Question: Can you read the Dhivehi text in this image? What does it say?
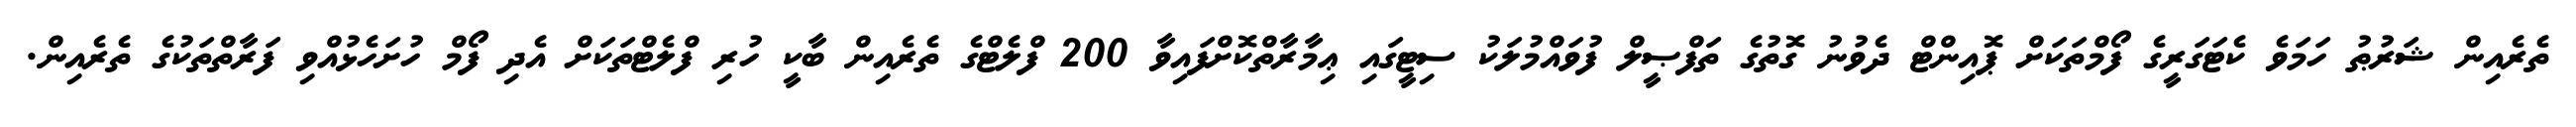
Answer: ތެރެއިން ޝަރުޠު ހަމަވެ ކެޓަގަރީގެ ފޯމްތަކަށް ޕޮއިންޓް ދެވުނު ގޮތުގެ ތަފްޞީލް ފުވައްމުލަކު ސިޓީގައި ޢިމާރާތްކޮށްފައިވާ 200 ފްލެޓްގެ ތެރެއިން ބާކީ ހުރި ފްލެޓްތަކަށް އެދި ފޯމް ހުށަހެޅުއްވި ފަރާތްތަކުގެ ތެރެއިން.